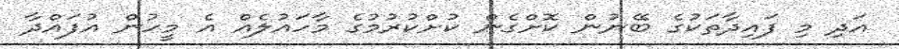
އަދި މި ފައިދާތަކުގެ ބޭނުން ކޮށްގެން ކުށްކުރުމުގެ މާހައުލެއް އެ މީހުން އުފައްދާ